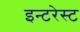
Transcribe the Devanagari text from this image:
इन्टरेस्ट